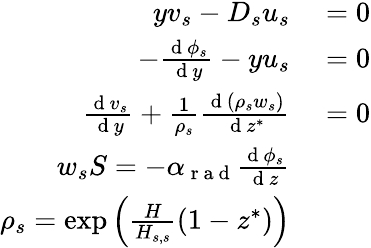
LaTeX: \begin{array}{rl}{yv_{s}-D_{s}u_{s}}&{{}=0}\\ {-\frac{\mathrm{~d~}\phi_{s}}{\mathrm{~d~}y}-yu_{s}}&{{}=0}\\ {\frac{\mathrm{~d~}v_{s}}{\mathrm{~d~}y}+\frac{1}{\rho_{s}}\frac{\mathrm{~d~}(\rho_{s}w_{s})}{\mathrm{~d~}z^{*}}}&{{}=0}\\ {w_{s}S=-\alpha_{\mathrm{~r~a~d~}}\frac{\mathrm{~d~}\phi_{s}}{\mathrm{~d~}z}}\\ {\rho_{s}=\exp\Big(\frac{H}{H_{s,s}}(1-z^{*})\Big)}\end{array}